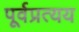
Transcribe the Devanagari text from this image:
पूर्वप्रत्यय